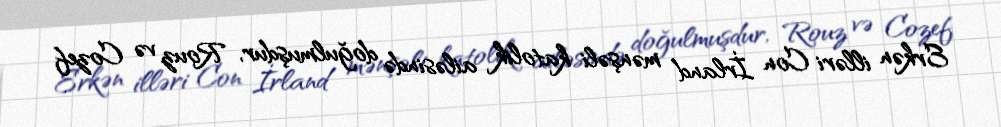
Erkən illəri Con İrland mənşəli katolik ailəsində doğulmuşdur, Rouz və Cozef